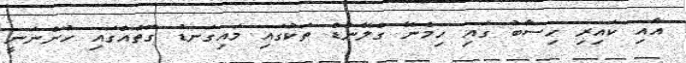
އާއި ކައިރި ހިސާބު ގައި ހިމެނޭ ގްލޭންޑް ތަކުގައި މައިގަނޑު ގޮތެއްގައި ހުންނަނީ